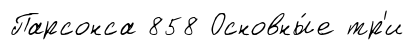
Парсонса 858 Основны́е тр'и